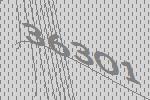
36301